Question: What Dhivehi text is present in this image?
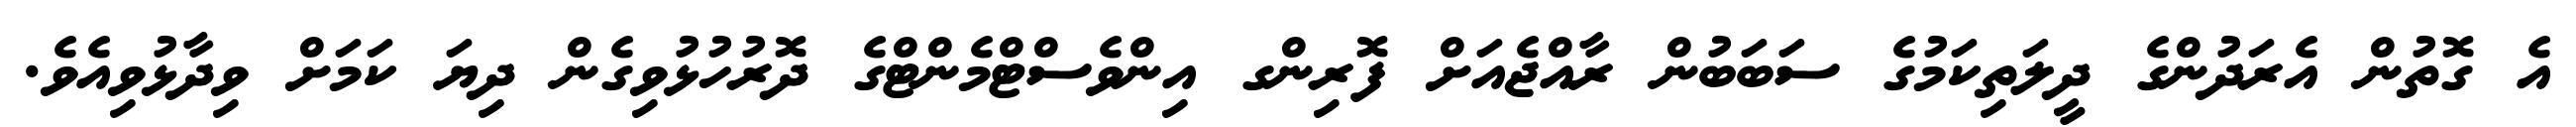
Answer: އެ ގޮތުން އެރަދުންގެ ދީލަތިކަމުގެ ސަބަބުން ރާއްޖެއަށް ފޮރިންގ އިންވެސްޓްމެންޓްގެ ދޮރުހުޅުވިގެން ދިޔަ ކަމަށް ވިދާޅުވިއެވެ.